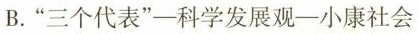
B.”三个代表”—科学发展观—小康社会